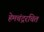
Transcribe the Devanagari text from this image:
हेमचंद्ररचित